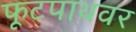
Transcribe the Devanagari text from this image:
फूटपाथवर